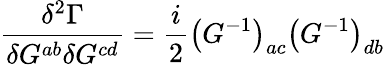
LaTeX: \frac{\delta^{2}\Gamma}{\delta G^{ab}\delta G^{cd}}=\frac i2\left(G^{-1}\right)_{ac}\left(G^{-1}\right)_{db}